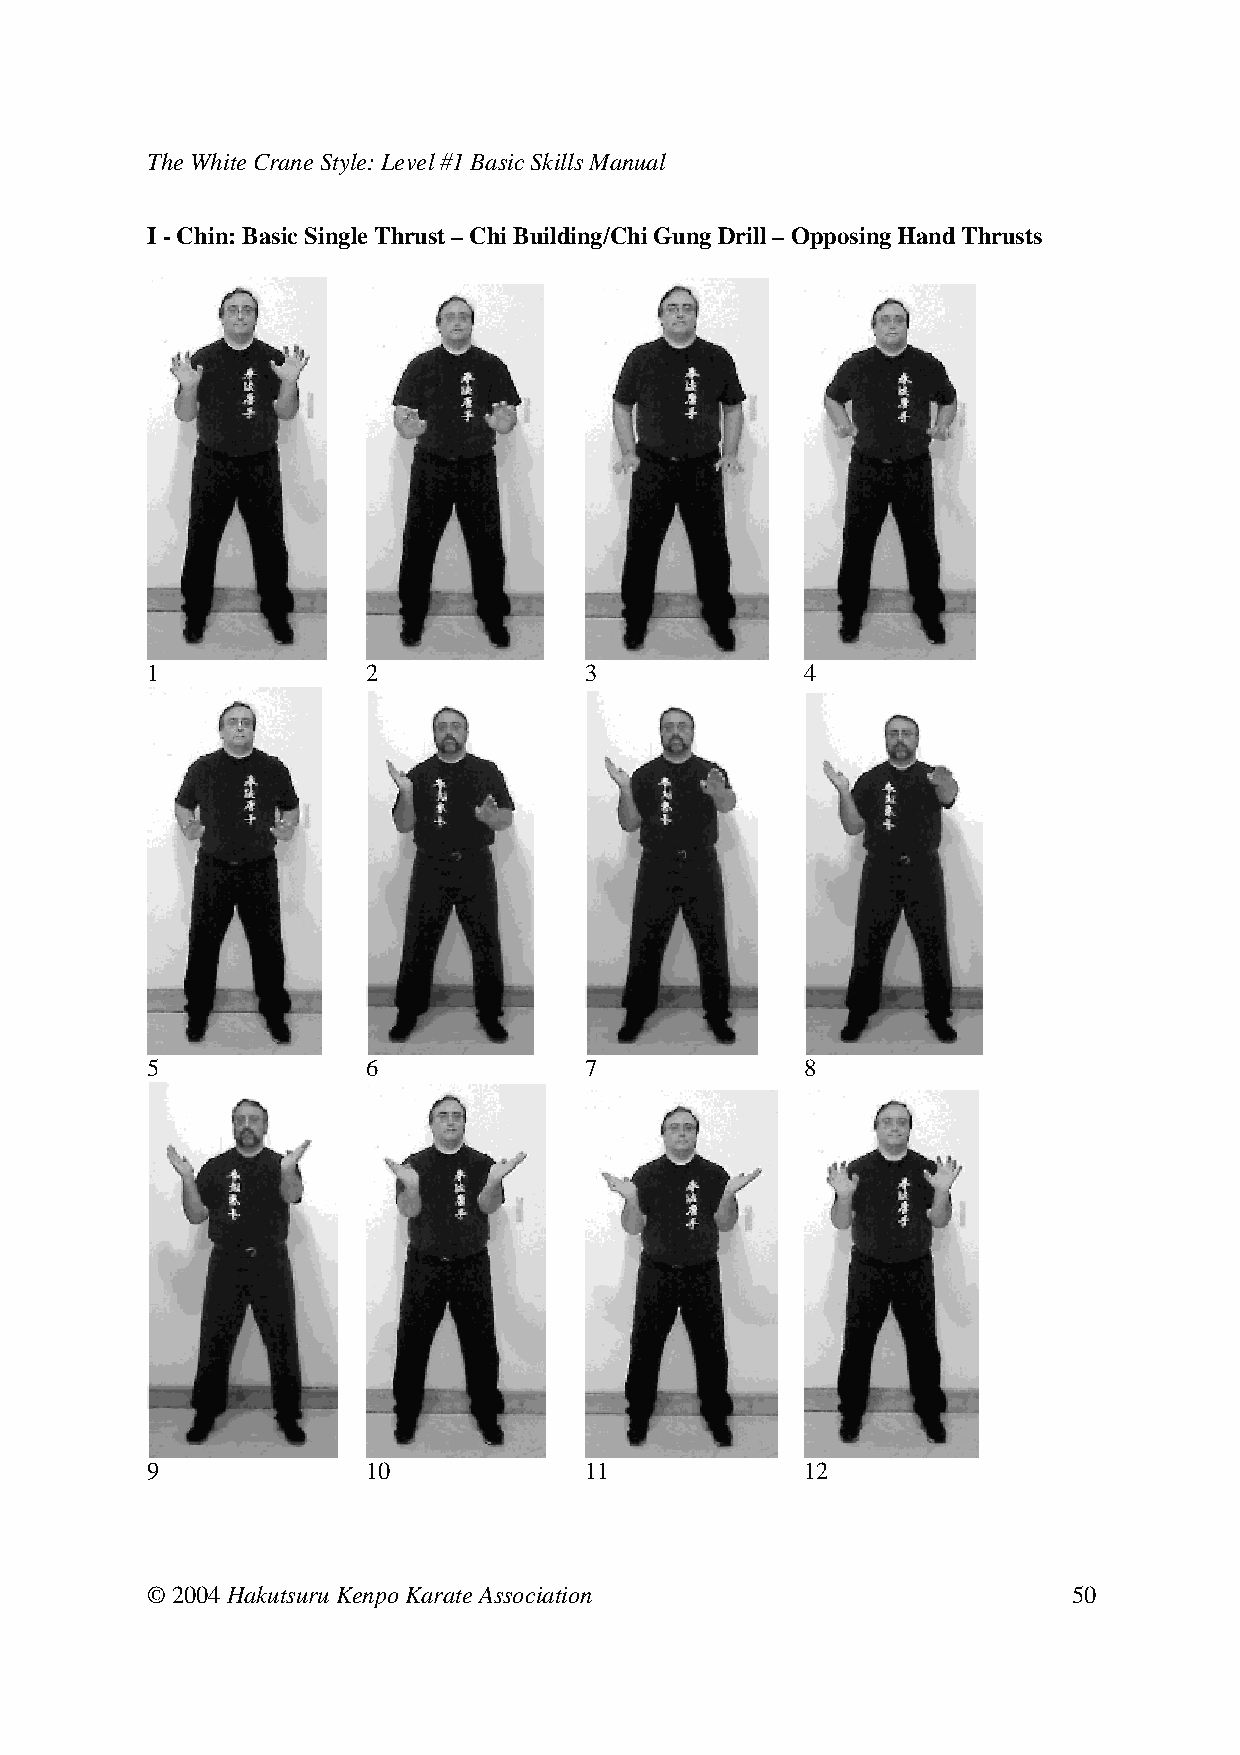
The White Crane Style: Level #1 Basic Skills Manual
 I - Chin: Basic Single Thrust – Chi Building/Chi Gung Drill – Opposing Hand Thrusts
 1     2      3     4
 5     6      7     8
 9     10     11      12
 © 2004 Hakutsuru Kenpo Karate Association                    50